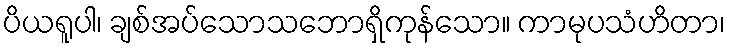
ပိယရူပါ၊ ချစ်အပ်သောသဘောရှိကုန်သော။ ကာမုပသံဟိတာ၊